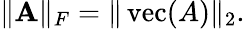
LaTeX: \| \mathbf{A}\| _{F}=\| \operatorname{vec}(A)\| _{2}.